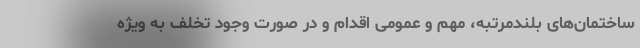
ساختمان‌های بلندمرتبه، مهم و عمومی اقدام و در صورت وجود تخلف به ویژه